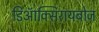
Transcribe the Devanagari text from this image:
डिऑक्सिरायबोज